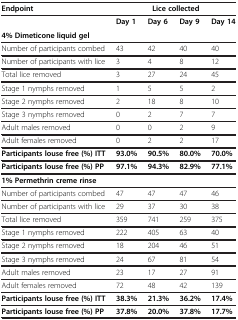
<table><thead><tr><td><b>Endpoint</b></td><td colspan="4"><b>Lice collected</b></td></tr></thead><tbody><tr><td> </td><td><b>Day 1</b></td><td><b>Day 6</b></td><td><b>Day 9</b></td><td><b>Day 14</b></td></tr><tr><td><b>4% Dimeticone liquid gel</b></td><td> </td><td> </td><td> </td><td> </td></tr><tr><td>Number of participants combed</td><td>43</td><td>42</td><td>40</td><td>40</td></tr><tr><td>Number of participants with lice</td><td>3</td><td>4</td><td>8</td><td>12</td></tr><tr><td>Total lice removed</td><td>3</td><td>27</td><td>24</td><td>45</td></tr><tr><td>Stage 1 nymphs removed</td><td>1</td><td>5</td><td>5</td><td>2</td></tr><tr><td>Stage 2 nymphs removed</td><td>2</td><td>18</td><td>8</td><td>10</td></tr><tr><td>Stage 3 nymphs removed</td><td>0</td><td>2</td><td>7</td><td>7</td></tr><tr><td>Adult males removed</td><td>0</td><td>0</td><td>2</td><td>9</td></tr><tr><td>Adult females removed</td><td>0</td><td>2</td><td>2</td><td>17</td></tr><tr><td><b>Participants louse free (%) ITT</b></td><td><b>93.0%</b></td><td><b>90.5%</b></td><td><b>80.0%</b></td><td><b>70.0%</b></td></tr><tr><td><b>Participants louse free (%) PP</b></td><td><b>97.1%</b></td><td><b>94.3%</b></td><td><b>82.9%</b></td><td><b>77.1%</b></td></tr><tr><td><b>1% Permethrin creme rinse</b></td><td> </td><td> </td><td> </td><td> </td></tr><tr><td>Number of participants combed</td><td>47</td><td>47</td><td>47</td><td>46</td></tr><tr><td>Number of participants with lice</td><td>29</td><td>37</td><td>30</td><td>38</td></tr><tr><td>Total lice removed</td><td>359</td><td>741</td><td>259</td><td>375</td></tr><tr><td>Stage 1 nymphs removed</td><td>222</td><td>405</td><td>63</td><td>40</td></tr><tr><td>Stage 2 nymphs removed</td><td>18</td><td>204</td><td>46</td><td>51</td></tr><tr><td>Stage 3 nymphs removed</td><td>24</td><td>67</td><td>81</td><td>54</td></tr><tr><td>Adult males removed</td><td>23</td><td>17</td><td>27</td><td>91</td></tr><tr><td>Adult females removed</td><td>72</td><td>48</td><td>42</td><td>139</td></tr><tr><td><b>Participants louse free (%) ITT</b></td><td><b>38.3%</b></td><td><b>21.3%</b></td><td><b>36.2%</b></td><td><b>17.4%</b></td></tr><tr><td><b>Participants louse free (%) PP</b></td><td><b>37.8%</b></td><td><b>20.0%</b></td><td><b>37.8%</b></td><td><b>17.7%</b></td></tr></tbody></table>